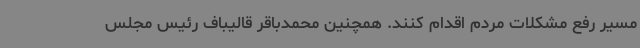
مسیر رفع مشکلات مردم اقدام کنند. همچنین محمدباقر قالیباف رئیس مجلس